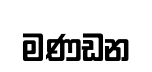
මණඩන